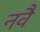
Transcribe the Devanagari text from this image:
नवै